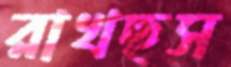
রাখছস